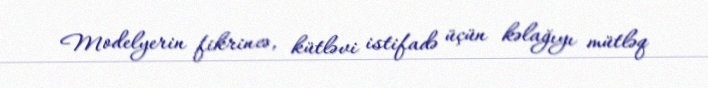
Modelyerin fikrincə, kütləvi istifadə üçün kəlağıyı mütləq